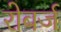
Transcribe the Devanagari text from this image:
रोबर्ज